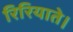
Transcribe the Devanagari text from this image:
रिरियाते।